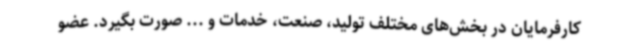
کارفرمایان در بخش‌های مختلف تولید، صنعت، خدمات و ... صورت بگیرد. عضو